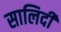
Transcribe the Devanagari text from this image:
सालिदी